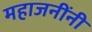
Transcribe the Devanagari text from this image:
महाजनींनी